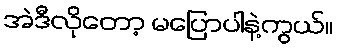
အဲဒီလိုတော့ မပြောပါနဲ့ကွယ်။